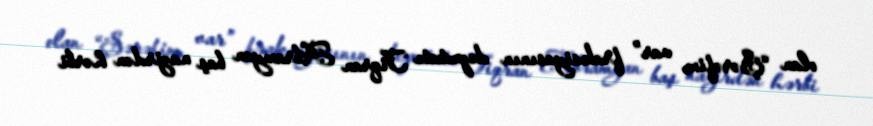
olan “Şərəfim var” fraksiyasının deputatı Tiqran Abramyan baş nazirdən hərbi